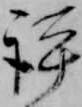
評